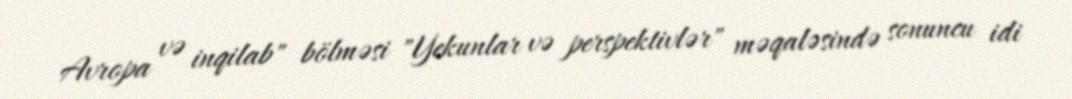
Avropa və inqilab" bölməsi "Yekunlar və perspektivlər" məqaləsində sonuncu idi